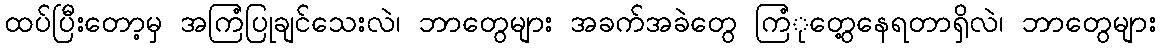
ထပ်ပြီးတော့မှ အကြံပြုချင်သေးလဲ၊ ဘာတွေများ အခက်အခဲတွေ ကြံုတွေ့နေရတာရှိလဲ၊ ဘာတွေများ